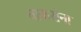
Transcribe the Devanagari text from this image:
चाकरांना